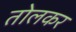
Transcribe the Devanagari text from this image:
तोलकर